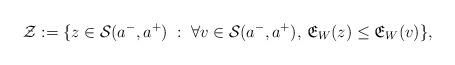
LaTeX: \begin{align*}\mathcal{Z}:=\{{z}\in\mathcal{S}(a^-,a^+)\;:\; \forall {v}\in\mathcal{S}(a^-,a^+),\, \mathfrak{E}_{W}({z})\leq \mathfrak{E}_{W}({v})\},\end{align*}